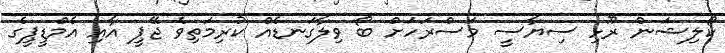
ކޯލިޝަން ރޫޅި ސިޔާސީ މަސްރަހަށް ބޯ ވިލާގަނޑެއް ކުރިމަތިވެ ޖޭޕީ އާއި އެމްޑީޕީގެ